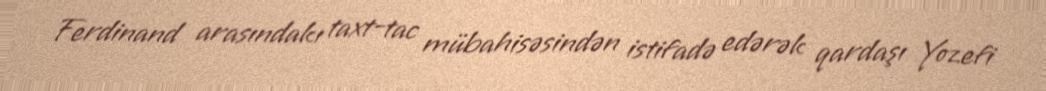
Ferdinand arasındakı taxt-tac mübahisəsindən istifadə edərək qardaşı Yozefi